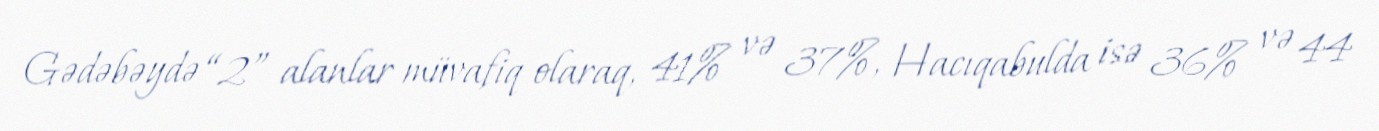
Gədəbəydə “2” alanlar müvafiq olaraq, 41% və 37%, Hacıqabulda isə 36% və 44